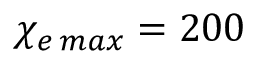
\chi _ { e \, m a x } = 2 0 0